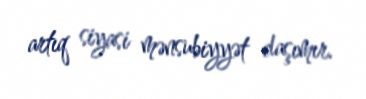
artıq siyasi mənsubiyyət daşımır.